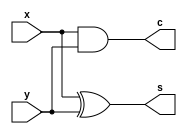
module q1_halfadder(x, y, s, c);
input x,y;
output s, c;
xor(s, x, y);
and(c, x, y);
endmodule